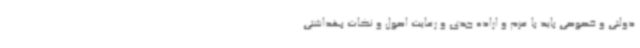
دولتی و خصوصی باید با عزم و اراده جدی و رعایت اصول و نکات بهداشتی